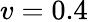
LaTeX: v=0.4